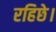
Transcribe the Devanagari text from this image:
रहिछे।